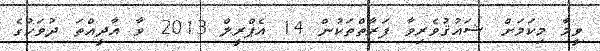
ވީމާ މިކަމަށް ޝައުޤުވެރިވާ ފަރާތްތަކުން 14 އެޕްރީލް 2013 ވާ އާދީއްތަ ދުވަހުގެ